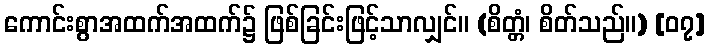
ကောင်းစွာအထက်အထက်၌ ဖြစ်ခြင်းဖြင့်သာလျှင်။ (စိတ္တံ၊ စိတ်သည်။) [၀၇]